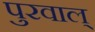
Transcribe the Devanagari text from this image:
पुरवाल्